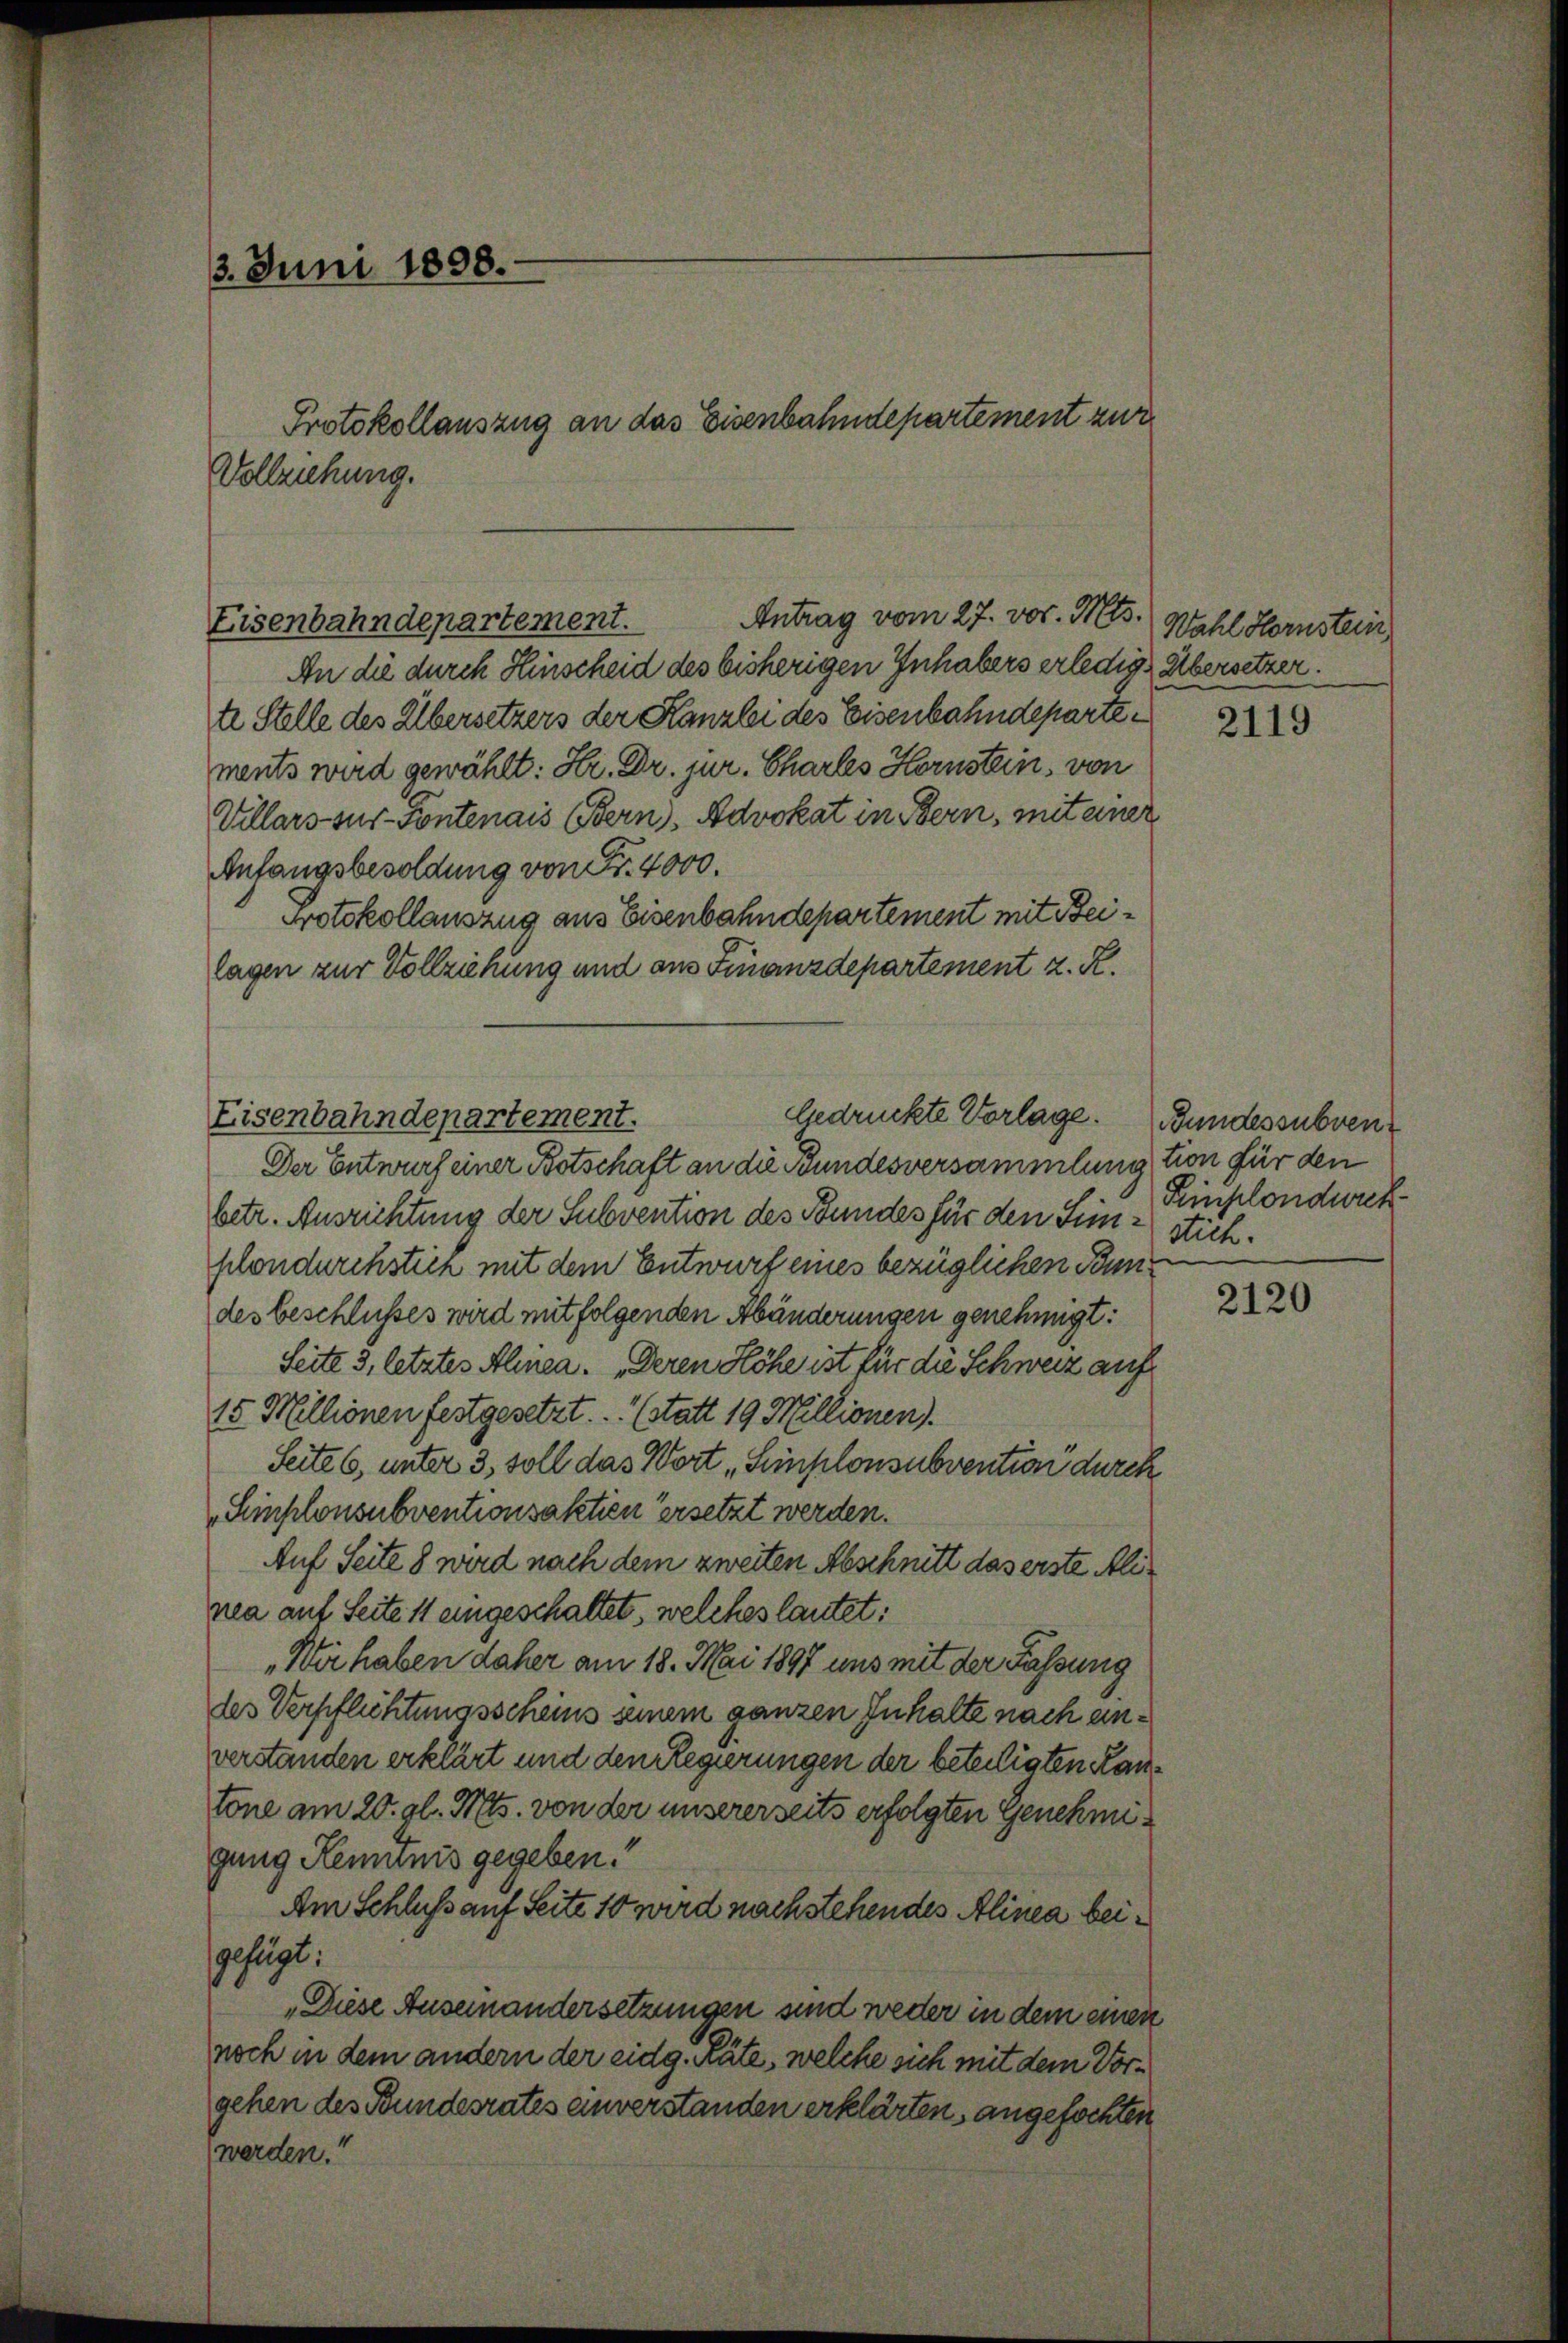
3. Juni 1898.
Protokollauszug an das Eisenbahndepartement zur
Vollziehung.

Antrag vom 27. vor. Mts.
Eisenbahndepartement.

An die durch Hinscheid des bisherigen Inhabers erledige Übersetzer.
te Stelle des Übersetzers der Kanzlei des Eisenbahndepartements wird gewählt: Hr. Dr. jur. Chartes Hernstein, von
Villars sur-Contenais Bern), Advokat in Bern, mit einer
Anfangsbesoldung von Fr. 4000.
Protokollauszug aus Eisenbahndepartement mit Beilagen zur Vollziehung und aus Finanzdepartement z. R.
Der Entwurf einer Botschaft an die Bundesversammlung tion für den
betr. Ausrichtung der Subvention des Bundes für den Sinn stichplondurchsten mit dem Entwurf eines bezüglichen Bundes beschlusses wird mit folgenden Abänderungen genehmigt:
Seite 3, letztes Alinea. „Deren Höhe ist für die Schweiz auf
15 Millionen festgesetzt. (statt 19 Millionen).
Seite 6, unter 3, soll das Wort „Simplonsubvention durch
Simplonsubventionsaktien ersetzt werden.
Auf Seite 8 wird nach dem zweiten Abschnitt das erste Alinea auf Seite 11 eingeschaltet, welches lautet:
„Wir haben daher am 18. Mai 1897 uns mit der Fassung
des Verpflichtungsscheins seinem ganzen Inhalte nach anverstanden erklärt und den Regierungen der beteiligten Kantöne am 20. gl. Mts. von der unsererseits erfolgten Genehmigung Kemnis gegeben.
Am Schluß auf Seite 10 wird nachstehendes Alinea beigefügt:
„Diese Auseinandersetzungen sind weder in dem einen
noch in dem andern der eidg. Räte, welche sich mit dem Vorgehen des Bundesrates einverstanden erklärten, angefochten
werden.“

Gedrückte Vorlage.
Eisenbahndepartement.

Wahl Hornstein

2119

Bundessubven
Peinplondweck

2120